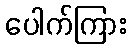
ပေါက်ကြား